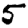
Digit: 5